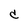
Character: C